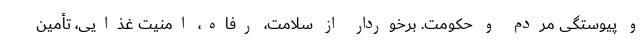
و پیوستگی مردم و حکومت. برخوردار از سلامت، رفاه، امنیت غذایی، تأمین